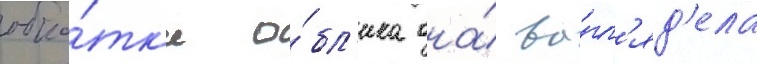
обка́тк'е о́бл'ика она́ вы́гл'яд'ела